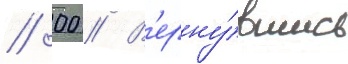
// 00 // В'ерну́вшись